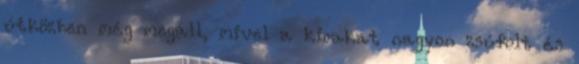
útközben még megáll, mivel a kirakat nagyon zsúfolt és